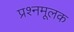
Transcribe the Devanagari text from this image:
प्रश्नमूलक